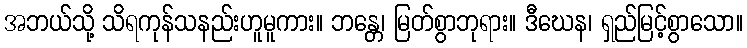
အဘယ်သို့ သိရကုန်သနည်းဟူမူကား။ ဘန္တေ၊ မြတ်စွာဘုရား။ ဒီဃေန၊ ရှည်မြင့်စွာသော။